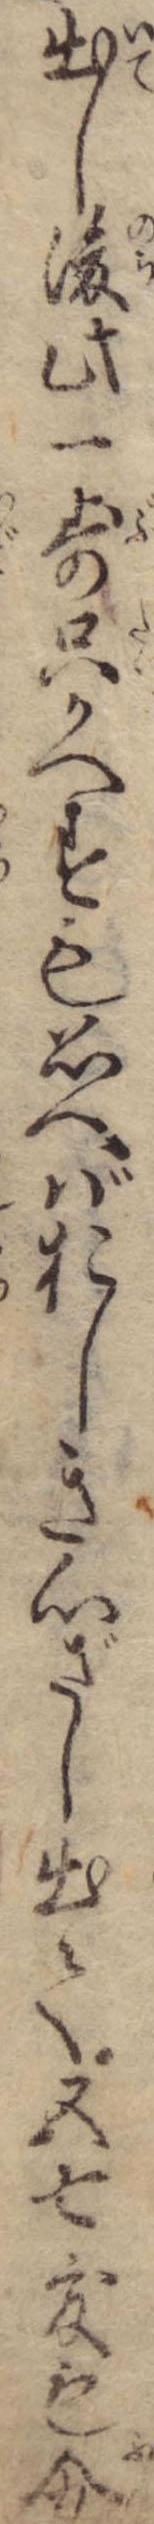
出し後此一歩只かへすも思へばおしき心ざし出て五七度も分